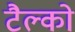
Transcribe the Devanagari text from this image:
टैल्को